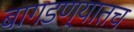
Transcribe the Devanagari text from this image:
बागडण्यातच